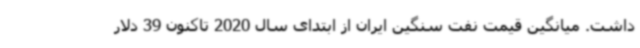
داشت. میانگین قیمت نفت سنگین ایران از ابتدای سال 2020 تاکنون 39 دلار